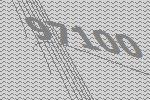
97100